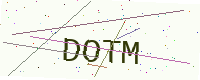
Text: DOTM